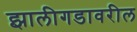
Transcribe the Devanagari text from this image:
झालीगडावरील